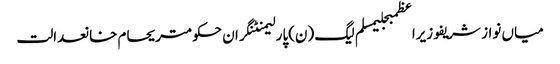
میاں نواز شریفوزیراعظمبجلیمسلم لیگ (ن)پارلیمنٹنگران حکومتریحام خانعدالت